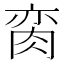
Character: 脔